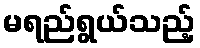
မရည်ရွယ်သည့်